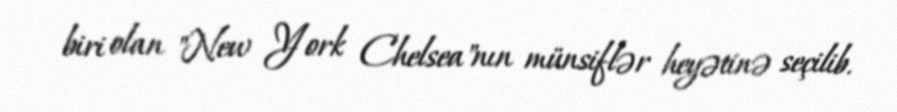
biri olan "New York Chelsea"nın münsiflər heyətinə seçilib.